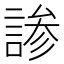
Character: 𬢳